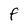
Character: F